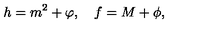
h = m ^ { 2 } + \varphi , \quad f = M + \phi ,